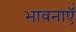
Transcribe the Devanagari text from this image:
भावनाएॅं